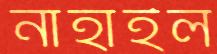
নাহাইল